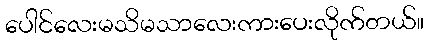
ပေါင်လေးမသိမသာလေးကားပေးလိုက်တယ်။